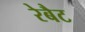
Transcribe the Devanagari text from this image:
रेबैट